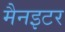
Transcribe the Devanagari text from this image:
मैनइटर